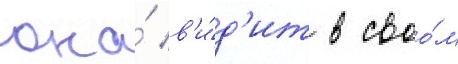
она́ в'и́д'ит в своо́м